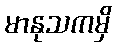
မာနုသကမှိ